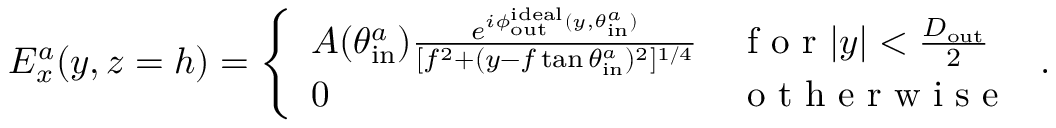
E _ { x } ^ { a } ( y , z = h ) = \left\{ \begin{array} { l l } { A ( \theta _ { \mathrm { i n } } ^ { a } ) \frac { e ^ { i \phi _ { \mathrm { o u t } } ^ { \mathrm { i d e a l } } ( y , \theta _ { \mathrm { i n } } ^ { a } ) } } { [ f ^ { 2 } + ( y - f \tan { \theta _ { \mathrm { i n } } ^ { a } } ) ^ { 2 } ] ^ { { 1 } / { 4 } } } } & { \mathrm { ~ f ~ o ~ r ~ } | y | < \frac { D _ { \mathrm { o u t } } } { 2 } } \\ { 0 } & { \mathrm { ~ o ~ t ~ h ~ e ~ r ~ w ~ i ~ s ~ e ~ } } \end{array} \right. .